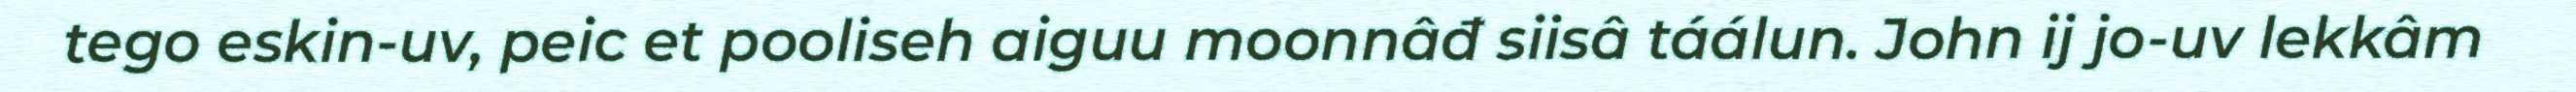
tego eskin-uv, peic et pooliseh aiguu moonnâđ siisâ táálun. John ij jo-uv lekkâm